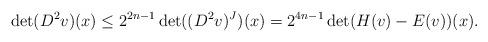
LaTeX: \begin{align*}\det(D^2v)(x)\leq 2^{2n-1}\det((D^2v)^J)(x)=2^{4n-1}\det(H(v)-E(v))(x).\end{align*}